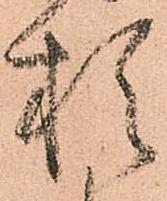
於